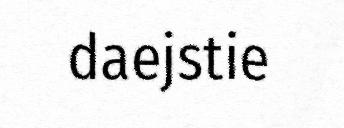
daejstie